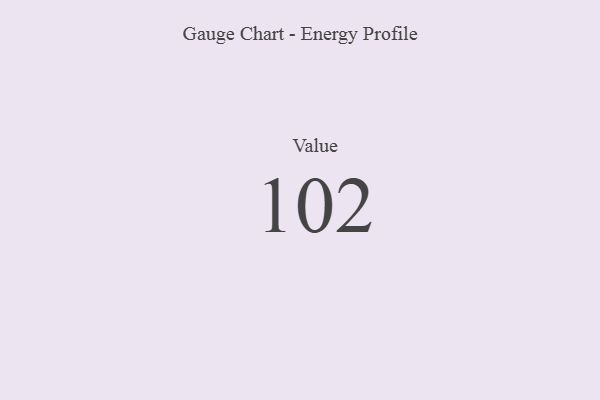
{"axis": {"x": "Metric", "y": "Value"}, "legend": [""], "data": [{"x": "Value", "y": 102, "type": ""}]}